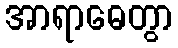
အာရာဓေတွာ